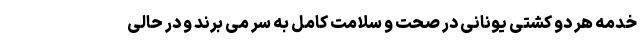
خدمه هر دو کشتی یونانی در صحت و سلامت کامل به سر می برند و در حالی